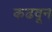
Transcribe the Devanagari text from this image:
कढवून